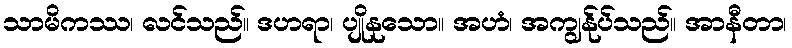
သာမိကဿ၊ လင်သည်။ ဒဟရာ၊ ပျိုနုသော။ အဟံ၊ အကျွန်ုပ်သည်။ အာနီတာ၊